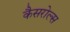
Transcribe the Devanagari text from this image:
कैसरोल्स